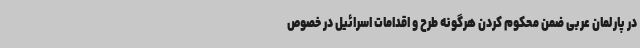
در پارلمان عربی ضمن محکوم کردن هرگونه طرح و اقدامات اسرائیل در خصوص